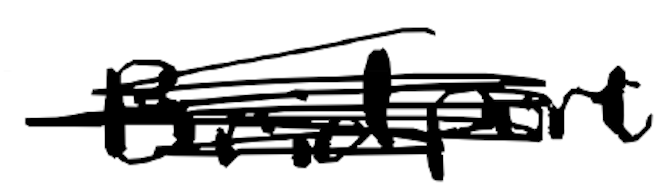
Text: Bridport
Cross-out: mix
Writing tool: digital_black